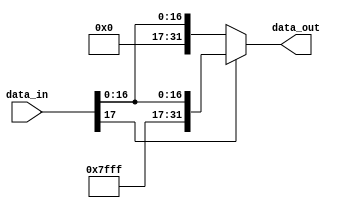
///////////////////////////////////////////////////////////////////////////////
// Type: Module
// Project: MIPS Pipeline CPU 54 Instructions
///////////////////////////////////////////////////////////////////////////////

`timescale 1ns / 1ns

module extend_sign_18_32 (
    input [17:0] data_in,
    output [31:0] data_out
    );

    assign data_out = (data_in[17] == 0) ? {14'b0, data_in} : {14'b11111111111111, data_in};
    
endmodule